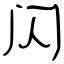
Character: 闪